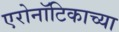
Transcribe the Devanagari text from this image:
एरोनॉटिकाच्या